Medical and sanitary report of the native army of Madras for the year
Year: 1875
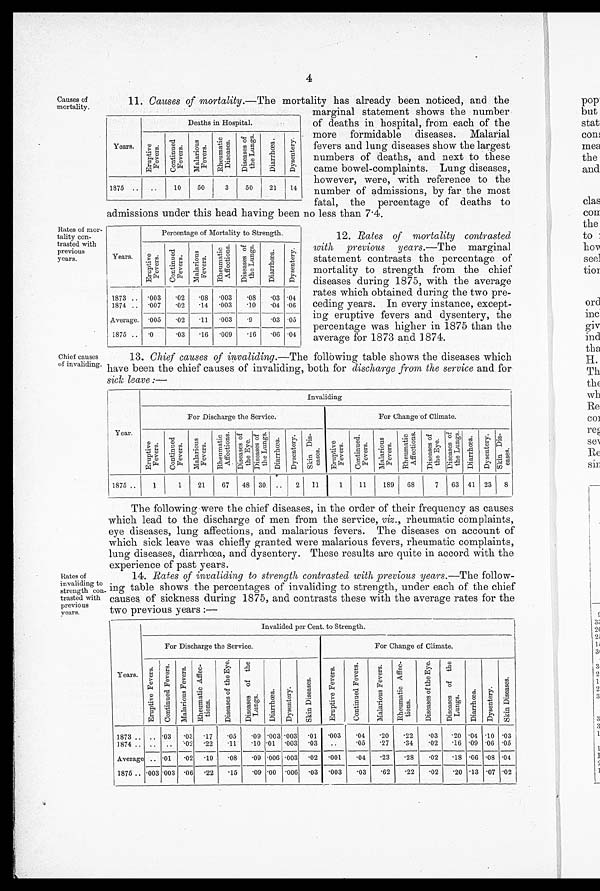
Causes of
mortality.
11. Causes of mortality.—The mortality has already been noticed, and the
Years.
Deaths in Hospital.
E r u p t i o n F e v e r s .
C o n t i n u e d F e v e r s .
M a l a r i o u s F e v e r s .
R h e u m a t i c D i s e a s e s .
D i s e a s e s o f t h e L u n g s
Diarrhœa.Dysentery.
1875 ..
. .
1 0
5 0
3
5 0
21
14
marginal statement shows the number
of deaths in hospital, from each of the
more formidable diseases. Malarial
fevers and lung diseases show the largest
numbers of deaths, and next to these
came bowel-complaints. Lung diseases,
however, were, with reference to the
number of admissions, by far the most
fatal. the percentage of deaths to
admissions under this head having been no less than 7.4.
Rates of mor-
tality con-
trasted with
previous
years.
Chief causes
of invaliding.
Years.
Percentage of Mortality to Strength.
E r u p t i v e F e v e r s .
Cont i nued Fevers.
M a l a r i o u s F e v e r s
R h e u m a t i c A f f e c t i o n s .
D i s e a s e s o f t h e L u n g s .
Diarrhœa.Dysentery.
1873 ..
. 0 0 3
.02
. 0 8
. 0 0 3
. 0 8
.03 .04
1874 ..
. 0 0 7
.02
. 1 4
. 0 0 3
. 1 0
.04 .06
Average.
. 0 0 5
.02
. 1 1
. 0 0 3
. 9
.03 .05
1875 ..
. 0
.03
. 1 6
. 0 0 9
. 1 6
.06 .04
12. Rates of mortality contrasted
with previous years.—The marginal
statement contrasts the percentage of
mortality to strength from the chief
diseases during 1875, with the average
rates which obtained during the two pre-
ceding years. In every instance, except-
ing eruptive fevers and dysentery, the
percentage was higher in 1875 than the
average for 1873 and 1874.
13. Chief causes of invaliding.—The following table shows the diseases which
have been the chief causes of invaliding, both for discharge from the service and for
sick leave :—
Year.
Invaliding
For Discharge the Service.
F o r C h a n g e ' o f C l i m a t e .
E r u p t i v e F e v e r s .
C o n t i n u e d F e v e r s .
Mal ari ous Fevers.Rheumat i c Af f ect i ons.Di s e a s e s of t he Eye .
D i s e a s e s o f t h e L u n g s
D i a r r h œ œ a .
D y s e n t e r y .
S k i n D i s ¬ e a s e s . Erupti ve Fevers.Cont i nued Fevers.Mal ari ous Fevers.
R h e u m a t i c A f f e c t i o n s .
Di seases of t he Eye. Di s e a s e s o f t h e Lu n g s .D i s Disrrhœa.Dysentery.Ski n Di s¬eases.
1875 ..
1
1 21 67 48
3 0
. .
2
1 1
1 11 189
6 8
7
63 41 23 8
Rates of
invaliding to
strength con.
trusted with
previous
years.
The following were the chief diseases, in the order of their frequency as causes
which lead to the discharge of men from the service, viz., rheumatic complaints,
eye diseases, lung affections, and malarious fevers. The diseases on account of
which sick leave was chiefly granted were malarious fevers, rheumatic complaints,
lung diseases, diarrhœa, and dysentery. These results are quite in accord with the
experience of past years.
14. Rates of invaliding to strength contrasted with previous years.—The follow-
ing table shows the percentages of invaliding to strength, under each of the chief
causes of sickness during 1875, and contrasts these with the average rates for the
two previous years :—
Years.
Invalided per Cent. to Strength.
For Discharge the Service.
.
For Change of Climate
E r u p t i v e F e v e r s
Cont i nued Fever sMa l a r i ous Fe ve r s . Rheumat i c Af f ec¬t i ons Di seases of t he Eye.
D i s e a s e s o f t h e L u n g s .
D i a r r h œ a .
D y s e n t e r y .
S k i n D i s e a s e s .
E r u p t i v e F e v e r s .
Cont i nued Fevers.Mal ari ous Fevers
R h e u m a t i c A f f e c ¬ t i o n s .
D i s e a s e s o f t h e E y e .
D i s e a s e s o f t h e L u n g s .
Diarrhœa.Dysentery.Ski n Di seases.
1873 ..
. .
.03 .03 .17 .05
. 0 9
. 0 0 3
. 0 0 3
. 0 1
. 0 0 3
.04 .20
. 2 2
. 0 3
. 2 0
.04 .10 .03
1874 ..
. .
.. .02 .22 .11
. 1 0
. 0 1
. 0 0 3
. 0 3
. .
.05 .27
. 3 4
. 0 2
. 1 6
.09 .06 .04
Average
. .
.01 .02 .19 .08
. 0 9
. 0 0 6
. 0 0 3
. 0 2
. 0 0 1
.04 .23
. 2 8
. 0 2
. 1 8
.06 .08 .04
1875 ..
. 0 0 3
.003.06 .22 .15
. 0 9
. 0 0
. 0 0 6
. 0 3
. 0 0 3
.03 .62
. 2 2
. 0 2
. 2 0
.13 .07 .02